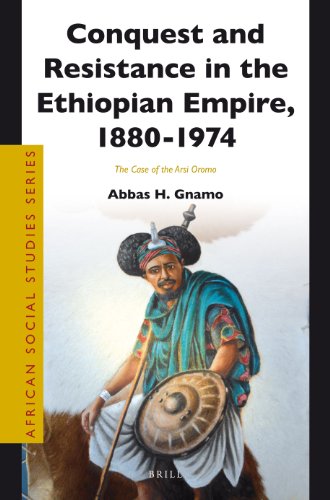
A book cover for Conquest and Resistance in the Ethiopian Empire, 1880 -1974: The Case of the Arsi Oromo (African Social Studies Series); Abbas H. Gnamo; History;